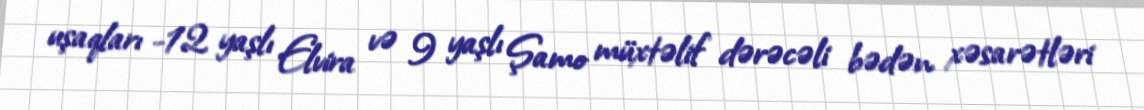
uşaqları -12 yaşlı Elvira və 9 yaşlı Şamo müxtəlif dərəcəli bədən xəsarətləri